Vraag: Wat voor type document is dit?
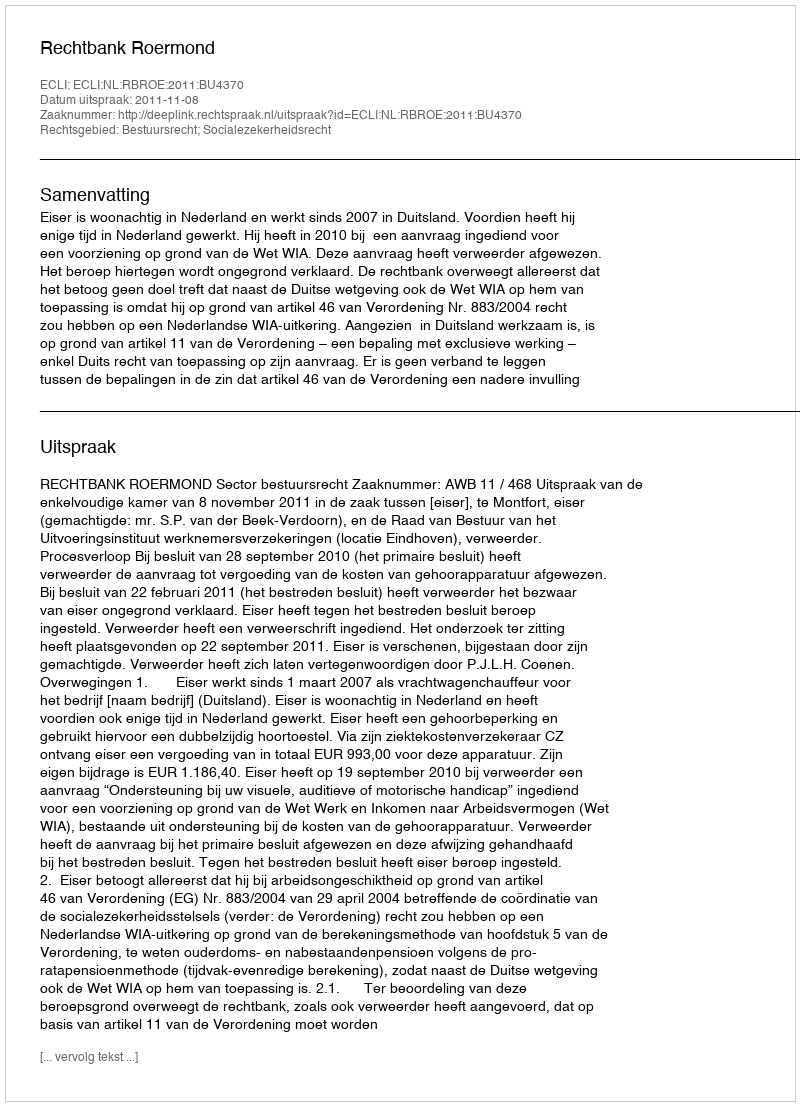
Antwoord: Uitspraak